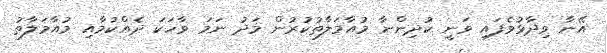
އޭނާ ވިދާޅުވެފައި ވަނީ ކުދިންނާ މުއާމަލާތުކުރުން މަދު ނަމަ ވާހަކަ ދެއްކުމާއި މުއާމަލާތު